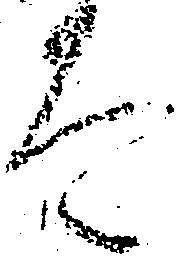
太